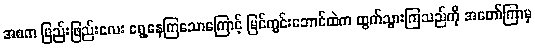
အစက ဖြည်းဖြည်းလေး ရွေ့နေကြသောကြောင့် မြင်ကွင်းဘောင်ထဲက ထွက်သွားကြသည်ကို အတော်ကြာမှ